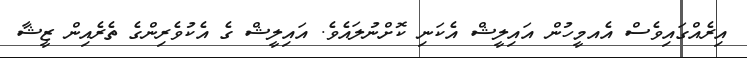
އިރެއްގައިވެސް އެއމީހުން އައިލީޝް އެކަނި ކޮށްނުލައެވެ. އައިލީޝް ގެ އެކުވެރިންގެ ތެރެއިން ޒީޝާ